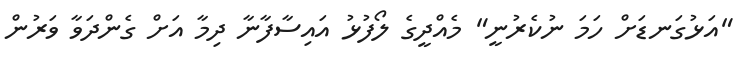
"އަޅުގަނޑަށް ހަމަ ނުކެރުނީ" މެއްދީގެ ލޯފުޅު އައިސާފާނާ ދިމާ އަށް ގެންދަވާ ވަރުން